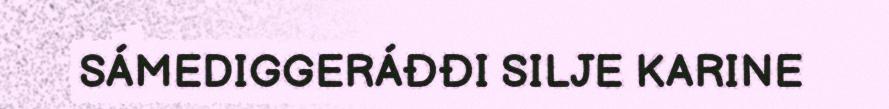
SÁMEDIGGERÁĐĐI SILJE KARINE